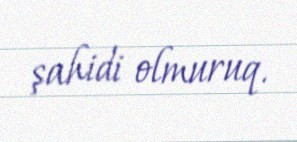
şahidi olmuruq.